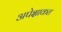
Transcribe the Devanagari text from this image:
अपेक्षाकत